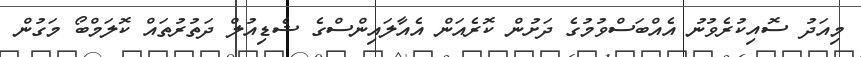
މިއަދު ސޮއިކުރެވުނު އެއްބަސްވުމުގެ ދަށުން ކޮރެއަން އެއާލައިންސްގެ ޝެޑިއުލް ދަތުރުތައް ކޮލަމްބޯ މަގުން